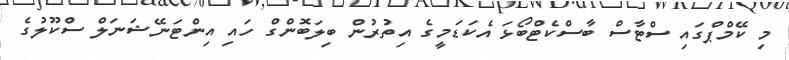
މި ކޭމްޕްގައި ސްޓާސް ބާސްކެޓްބޯޅަ އެކަޑަމީގެ އިތުރުން ބިލަބޮންގް ހައި އިންޓަނޭޝަނަލް ސްކޫލުގެ